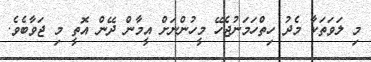
މި ލަވަތަކާ މެދު ހިތްހަމަނުޖެހޭ މީހުންނަށް އީމާން ދޭން އޮތީ މި ޖަވާބެވެ.